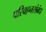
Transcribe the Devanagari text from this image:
परिवहनसंबंध